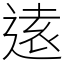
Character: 逺